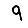
Digit: 9